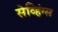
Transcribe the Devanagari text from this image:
सेव्हिंग्स